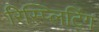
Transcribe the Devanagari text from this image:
रिस्प्लिटिंग